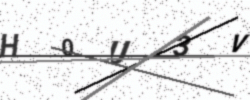
Text: H0U3V